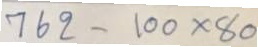
762 - 100 x 80